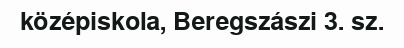
középiskola, Beregszászi 3. sz.